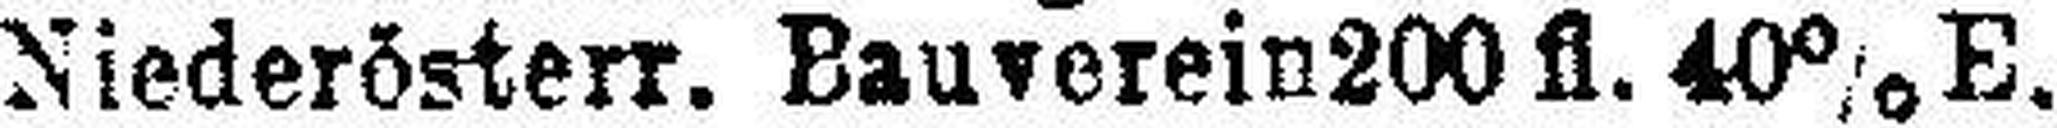
Niederösterr. Bauverein 200fl. 40% E.